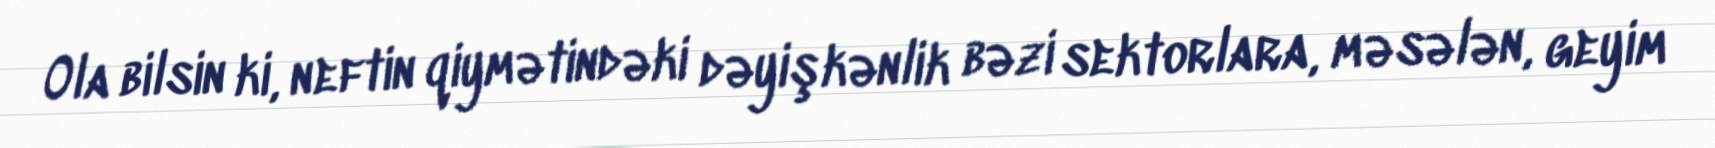
Ola bilsin ki, neftin qiymətindəki dəyişkənlik bəzi sektorlara, məsələn, geyim